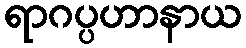
ရာဂပ္ပဟာနာယ